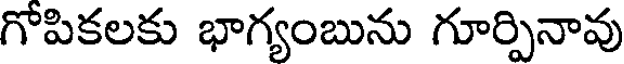
గోపికలకు భాగ్యంబును గూర్పినావు